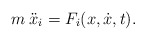
\begin{align*}m \: \ddot x_i = F_i (x,\dot x,t).\end{align*}